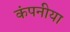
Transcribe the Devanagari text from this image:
कंपनीया